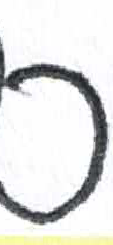
אות: כ